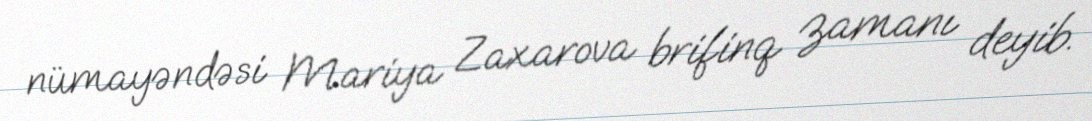
nümayəndəsi Mariya Zaxarova brifinq zamanı deyib.